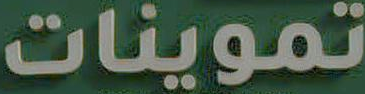
تموينات